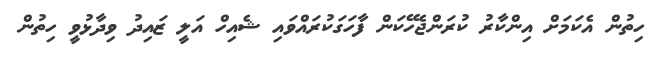
ހިތުން އެކަމަށް އިންކާރު ކުރަންޖެހޭކަން ފާހަގަކުރައްވައި ޝެއިހް އަލީ ޒައިދު ވިދާޅުވީ ހިތުން